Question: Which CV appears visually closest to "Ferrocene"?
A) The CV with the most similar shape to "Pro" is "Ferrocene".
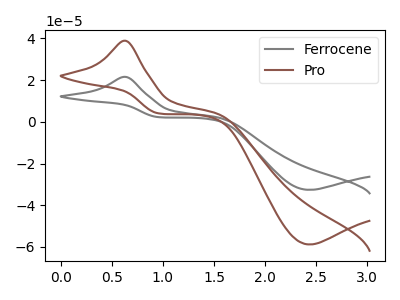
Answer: <think>The gray curve "Ferrocene" has an anodic peak at (0.65V, 21.55uA) and a cathodic peak at (2.45V, -32.60uA). The brown curve "Pro" has an anodic peak at (0.65V, 38.90uA) and a cathodic peak at (2.45V, -58.80uA).
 All the peaks in "Ferrocene" have a peak in "Pro" at the same potential. Every peak in "Ferrocene" is lower than every peak in "Pro".</think>
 <answer>A) The CV with the most similar shape to "Pro" is "Ferrocene".</answer>
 <eval>A</eval>